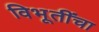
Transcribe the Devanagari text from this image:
विभूतींचा